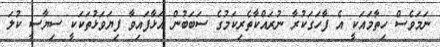
ނަމަވެސް ހިތާމައަކީ އެ ފާހަގަކުރާ ނުރައްކާތެރިކަމުގެ ސަބަބުން އަޅާފައިވާ ފިޔަވަޅުތަކަކީ ސިޔާސީ ކުލަ